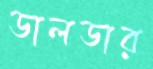
ডালডার